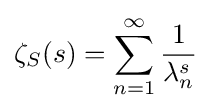
\zeta _{S}(s)=\sum _{n=1}^{\infty }{\frac {1}{\lambda _{n}^{s}}}